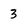
Character: 3